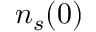
n _ { s } ( 0 )